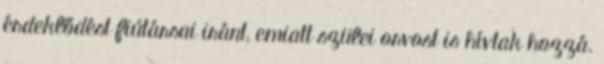
érdeklődést fiútársai iránt, emiatt szülei orvost is hívtak hozzá.